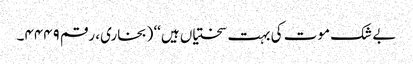
بے شک موت کی بہت سختیاں ہیں‘‘ (بخاری، رقم ۴۴۴۹۔